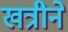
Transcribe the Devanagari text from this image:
खत्रीने